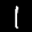
Label: 1